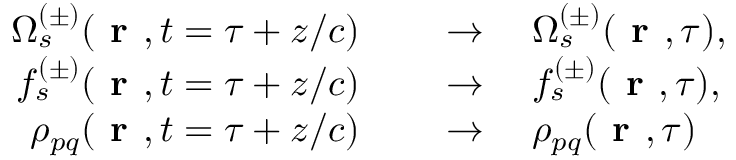
\begin{array} { r l } { \Omega _ { s } ^ { ( \pm ) } ( \textbf { r } , t = \tau + z / c ) \quad } & { { } \to \quad \Omega _ { s } ^ { ( \pm ) } ( \textbf { r } , \tau ) , } \\ { f _ { s } ^ { ( \pm ) } ( \textbf { r } , t = \tau + z / c ) \quad } & { { } \to \quad f _ { s } ^ { ( \pm ) } ( \textbf { r } , \tau ) , } \\ { \rho _ { p q } ( \textbf { r } , t = \tau + z / c ) \quad } & { { } \to \quad \rho _ { p q } ( \textbf { r } , \tau ) } \end{array}